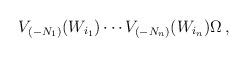
LaTeX: \begin{align*}V_{(-N_1)} (W_{i_1}) \cdots V_{(-N_n)}(W_{i_n}) \Omega\,,\end{align*}